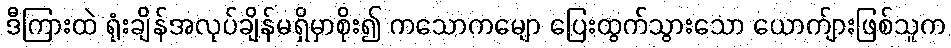
ဒီကြားထဲ ရုံးချိန်အလုပ်ချိန်မရှိမှာစိုး၍ ကသောကမျော ပြေးထွက်သွားသော ယောက်ျားဖြစ်သူက